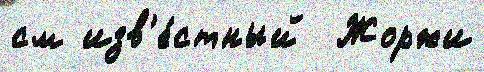
см изв'е́стный  Жоржи